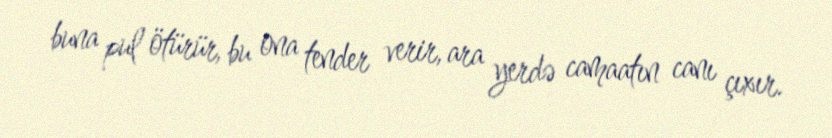
buna pul ötürür, bu ona tender verir, ara yerdə camaatın canı çıxır.